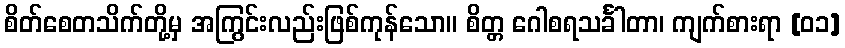
စိတ်စေတသိက်တို့မှ အကြွင်းလည်းဖြစ်ကုန်သော။ စိတ္တ ဂေါစရသင်္ခါတာ၊ ကျက်စားရာ [၀၁]